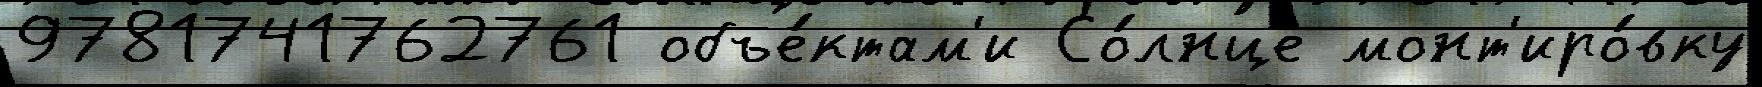
9781741762761 объе́ктам'и Со́лнце монт'иро́вку